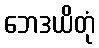
ဘေဒယိတုံ